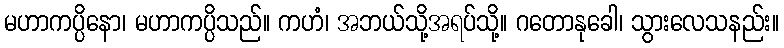
မဟာကပ္ပိနော၊ မဟာကပ္ပိသည်။ ကဟံ၊ အဘယ်သို့အရပ်သို့။ ဂတောနုခေါ၊ သွားလေသနည်း။